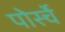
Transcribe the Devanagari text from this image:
पोर्स्चे